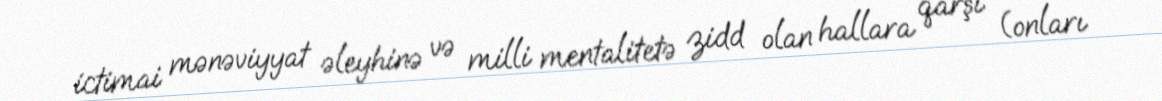
ictimai mənəviyyat əleyhinə və milli mentalitetə zidd olan hallara qarşı (onları